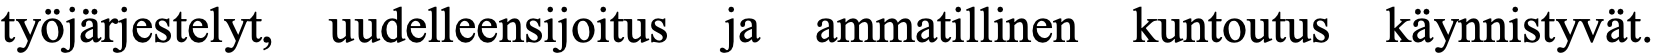
työjärjestelyt, uudelleensijoitus ja ammatillinen kuntoutus käynnistyvät.